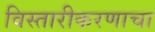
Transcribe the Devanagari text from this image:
विस्तारीकरणाचा